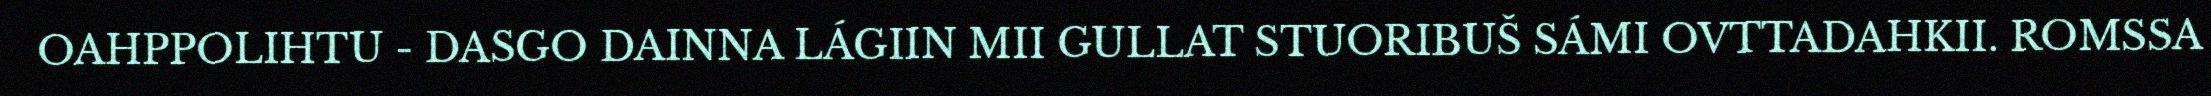
OAHPPOLIHTU - DASGO DAINNA LÁGIIN MII GULLAT STUORIBUŠ SÁMI OVTTADAHKII. ROMSSA